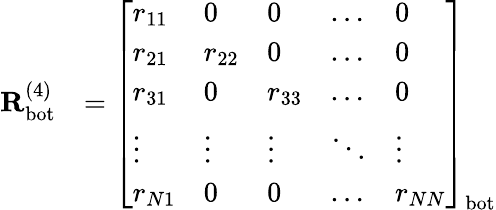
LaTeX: \begin{array}{rl}{\mathbf{R}_{\mathrm{bot}}^{(4)}}&{=\left[\begin{array}{lllll}{r_{11}}&{0}&{0}&{\dots}&{0}\\ {r_{21}}&{r_{22}}&{0}&{\dots}&{0}\\ {r_{31}}&{0}&{r_{33}}&{\dots}&{0}\\ {\vdots}&{\vdots}&{\vdots}&{\ddots}&{\vdots}\\ {r_{N1}}&{0}&{0}&{\dots}&{r_{NN}}\end{array}\right]_{\mathrm{bot}}}\end{array}